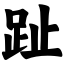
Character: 趾